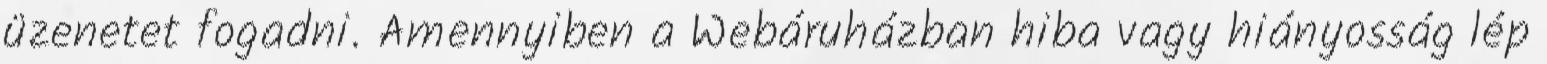
üzenetet fogadni. Amennyiben a Webáruházban hiba vagy hiányosság lép